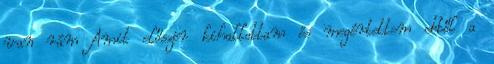
van rám Amit először kihallottam és megértettem ebből a